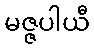
မဇ္ဇပါယီ